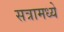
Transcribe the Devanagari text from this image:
सत्रामध्ये